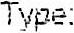
TYPE: